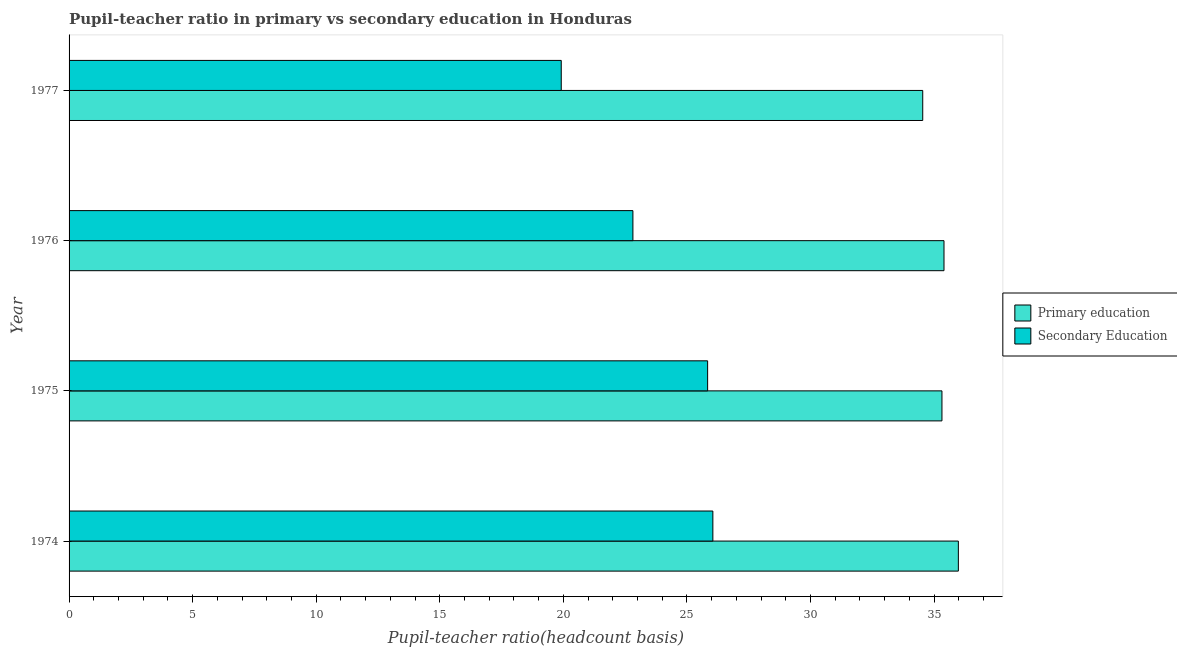
| Year | Primary education | Secondary Education |
 | --- | --- | --- |
 | 1974 | 36 | 26 |
 | 1975 | 35.3 | 25.8 |
 | 1976 | 35.4 | 22.8 |
 | 1977 | 34.5 | 19.9 |